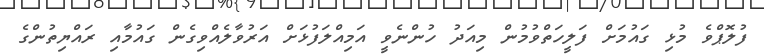
ފުލޮޕްވެ މުޅި ގައުމަށް ފަލީހަތްވުމުން މިއަދު ހުންނެވީ އަމިއްލަފުޅަށް އަރުވާލެއްވިގެން ގައުމާއި ރައްޔިތުންގެ